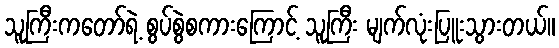
သူကြီးကတော်ရဲ့ စွပ်စွဲစကားကြောင့် သူကြီး မျက်လုံးပြူးသွားတယ်။